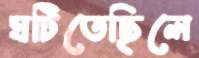
ঘটিতেছিলে